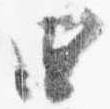
四